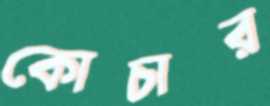
কোচার